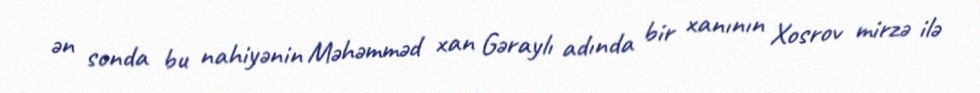
ən sonda bu nahiyənin Məhəmməd xan Gəraylı adında bir xanının Xosrov mirzə ilə